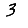
Digit: 3